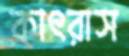
কাৎরাস